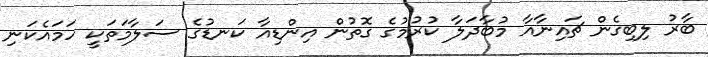
ބާރު ލިބިގެން ޗައިނާއާ މުބާދަލާ ކުރުމުގެ ގޮތުން އިންޑިއާ ކަނޑުގެ ސަލާމަތަކީ ހަމައެކަނި